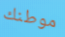
موطنك